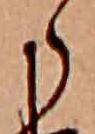
ら